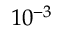
1 0 ^ { - 3 }